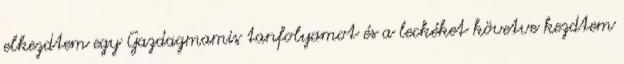
elkezdtem egy Gazdagmamis tanfolyamot és a leckéket követve kezdtem